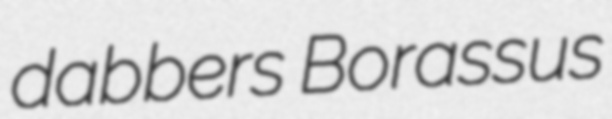
dabbers Borassus